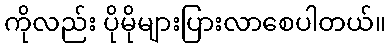
ကိုလည်း ပိုမိုများပြားလာစေပါတယ်။